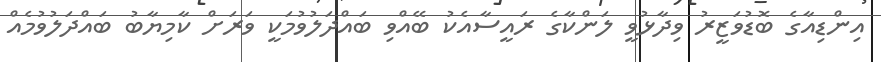
އިންޑިއާގެ ބޮޑުވަޒީރު ވިދާޅުވީ ލަންކާގެ ރައީސާއެކު ބޭއްވި ބައްދަލުވުމަކީ ވަރަށް ކާމިޔާބު ބައްދަލުވުމެެއް